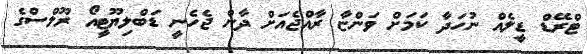
ޓްރޭޑް ޑީލެއް ނުހަދާ ކަމަށް ވަންޏާ ރާއްޖެއަށް ދާން ޖެހެނީ ޑަބްލިޔޫޓީއޯ ރޫލްސްގެ